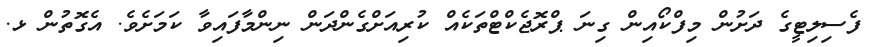
ފެސިލިޓީގެ ދަށުން މިފްކޯއިން ގިނަ ޕްރޮޖެކްޓްތަކެއް ކުރިއަށްގެންދަން ނިންމާފައިވާ ކަމަށެވެ. އެގޮތުން ޅ.